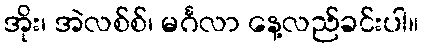
အိုး၊ အဲလစ်စ်၊ မင်္ဂလာ နေ့လည်ခင်းပါ။